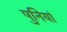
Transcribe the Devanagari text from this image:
पुनियां